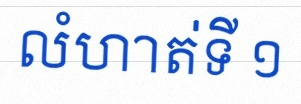
លំហាត់ទី ១